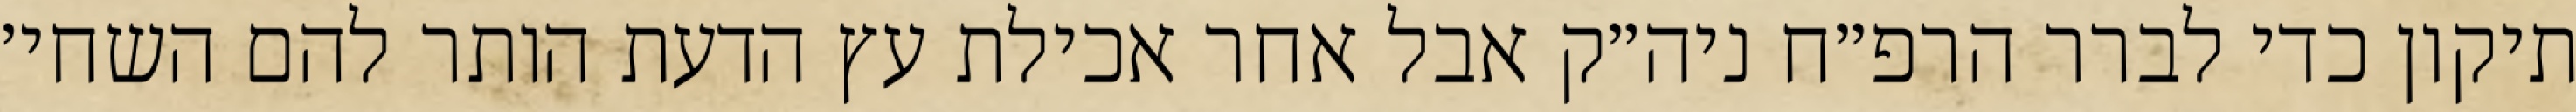
תיקון כדי לברר הרפ״ח ניה״ק אבל אחר אכילת עץ הדעת הותר להם השחי׳